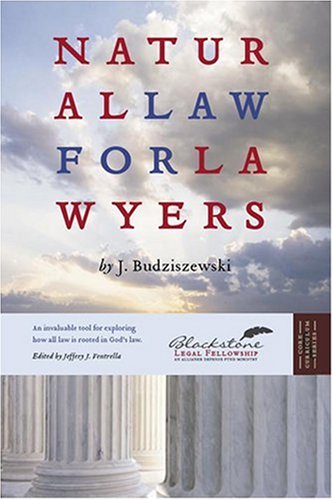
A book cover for Natural Law For Lawyers; J. Budziszewski; Law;